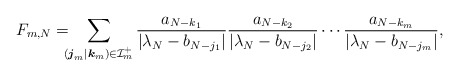
\begin{align*} F_{m,N} = \kern-7pt \sum_{(\boldsymbol{j}_m|\boldsymbol{k}_m)\in\mathcal{I}_m^+} \frac{a_{N-k_1}}{|\lambda_N-b_{N-j_1}|} \frac{a_{N-k_2}}{|\lambda_N-b_{N-j_2}|} \cdots \frac{a_{N-k_m}}{|\lambda_N-b_{N-j_m}|}, \end{align*}